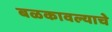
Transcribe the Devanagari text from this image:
बळकावल्याचे